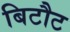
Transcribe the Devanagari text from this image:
बिटौट